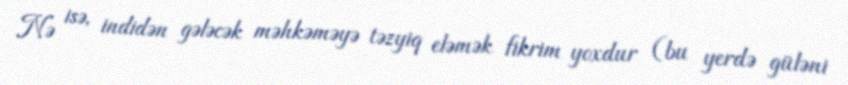
Nə isə, indidən gələcək məhkəməyə təzyiq eləmək fikrim yoxdur (bu yerdə güləni